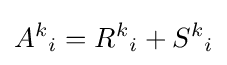
{A^{k}}_{i}={R^{k}}_{i}+{S^{k}}_{i}